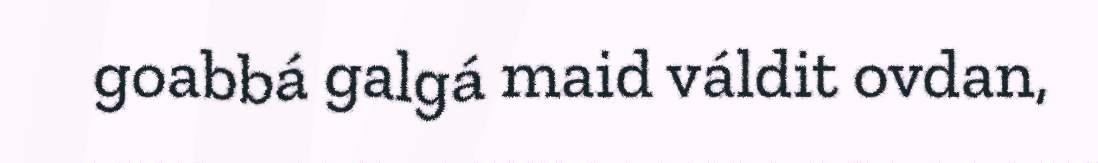
goabbá galgá maid váldit ovdan,